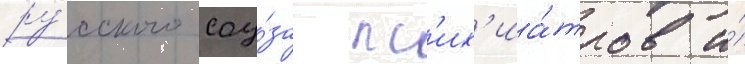
ру́сского соу́за пс'их'иа́тров и́